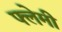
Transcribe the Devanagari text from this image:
फ्लेमी